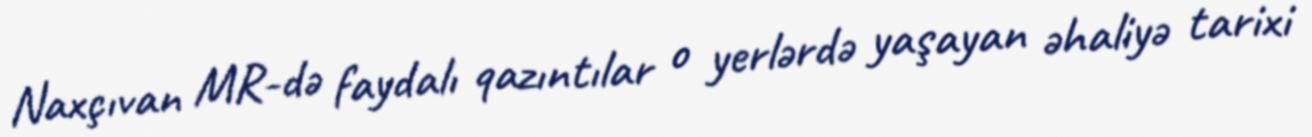
Naxçıvan MR-də faydalı qazıntılar o yerlərdə yaşayan əhaliyə tarixi